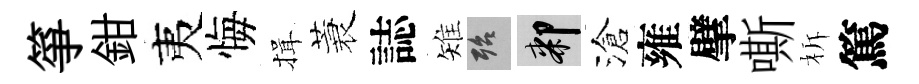
箏鉗夷悔揖蓑誌雉殆膝滄雍擘嘶柝篤